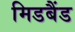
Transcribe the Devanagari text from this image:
मिडबैंड